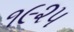
૧૯૨૫